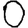
Digit: 0